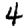
Digit: 4